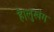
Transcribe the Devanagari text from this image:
है।लुखंग